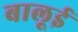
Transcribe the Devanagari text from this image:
बालूई